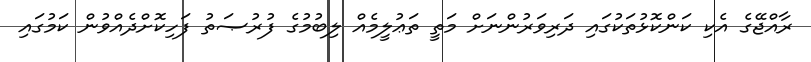
ރާއްޖޭގެ އެކި ކަންކޮޅުތަކުގައި ދަރިވަރުންނަށް މަތީ ތަޢުލީމެއް ލިބުމުގެ ފުރުޞަތު ފަހިކޮށްދެއްވުން ކަމުގައި